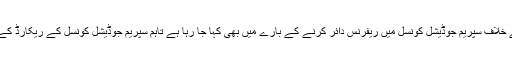
حکمراں جماعت کی طرف سے چیف الیکشن کمشنر جسٹس ریٹائرڈ سردار رضا خان کے خلاف سپریم جوڈیشل کونسل میں ریفرنس دائر کرنے کے بارے میں بھی کہا جا رہا ہے تاہم سپریم جوڈیشل کونسل کے ریکارڈ کے مطابق ابھی تک چیف الیکشن کمشنر کے خلاف کوئی درخواست جمع نہیں کروائی گئی۔